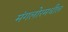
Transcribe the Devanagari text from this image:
मंगलोरमधील